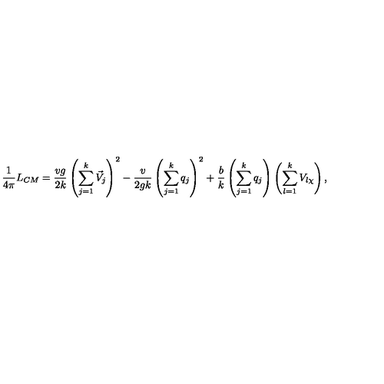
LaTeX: \frac { 1 } { 4 \pi } L _ { C M } = \frac { v g } { 2 k } \left( \sum _ { j = 1 } ^ { k } \vec { V } _ { j } \right) ^ { 2 } - \frac { v } { 2 g k } \left( \sum _ { j = 1 } ^ { k } q _ { j } \right) ^ { 2 } + \frac { b } { k } \left( \sum _ { j = 1 } ^ { k } q _ { j } \right) \left( \sum _ { l = 1 } ^ { k } V _ { l \chi } \right) ,